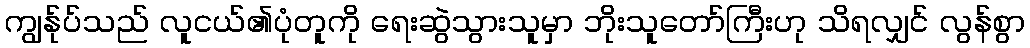
ကျွန်ုပ်သည် လူငယ်၏ပုံတူကို ရေးဆွဲသွားသူမှာ ဘိုးသူတော်ကြီးဟု သိရလျှင် လွန်စွာ